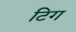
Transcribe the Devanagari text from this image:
टिग